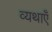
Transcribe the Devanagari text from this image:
व्यथाएँ